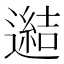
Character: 𨗟